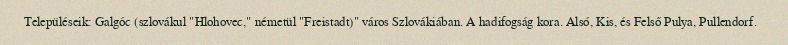
Településeik: Galgóc (szlovákul "Hlohovec," németül "Freistadt)" város Szlovákiában. A hadifogság kora. Alsó, Kis, és Felső Pulya, Pullendorf.